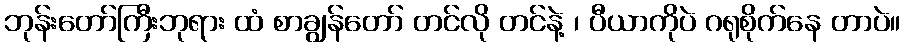
ဘုန်းတော်ကြီးဘုရား ထံ စာချွန်တော် တင်လို တင်နဲ့ ၊ ပီယာကိုပဲ ဂရုစိုက်နေ တာပဲ။